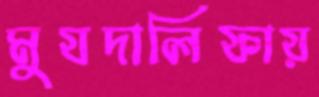
মুযদালিফায়